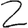
Digit: 2